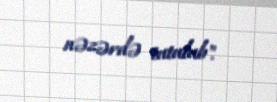
nəzərdə tutulub".